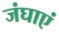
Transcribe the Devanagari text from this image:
जंघाएं